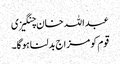
عبداللہ خان چنگیزی
قوم کومزاج بدلنا ہوگا۔